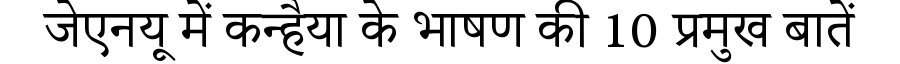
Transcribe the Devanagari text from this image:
जेएनयू में कन्हैया के भाषण की 10 प्रमुख बातें